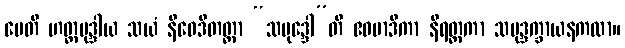
မေတိ ဟတ္ထမုဒ္ဒါယ သယံ နိဝေဒိတတ္တာ “သမုဒ္ဒေါ”တိ ဧဝမာဒိကာ နိရတ္ထကာ သမုဒ္ဒက္ခာယနကထာ။